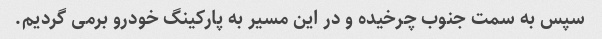
سپس به سمت جنوب چرخیده و در این مسیر به پارکینگ خودرو برمی گردیم.